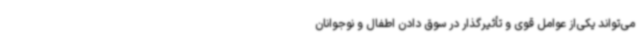
می‌تواند یکی‌از عوامل قوی و تأثیرگذار در سوق دادن اطفال و نوجوانان